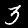
Digit: 3